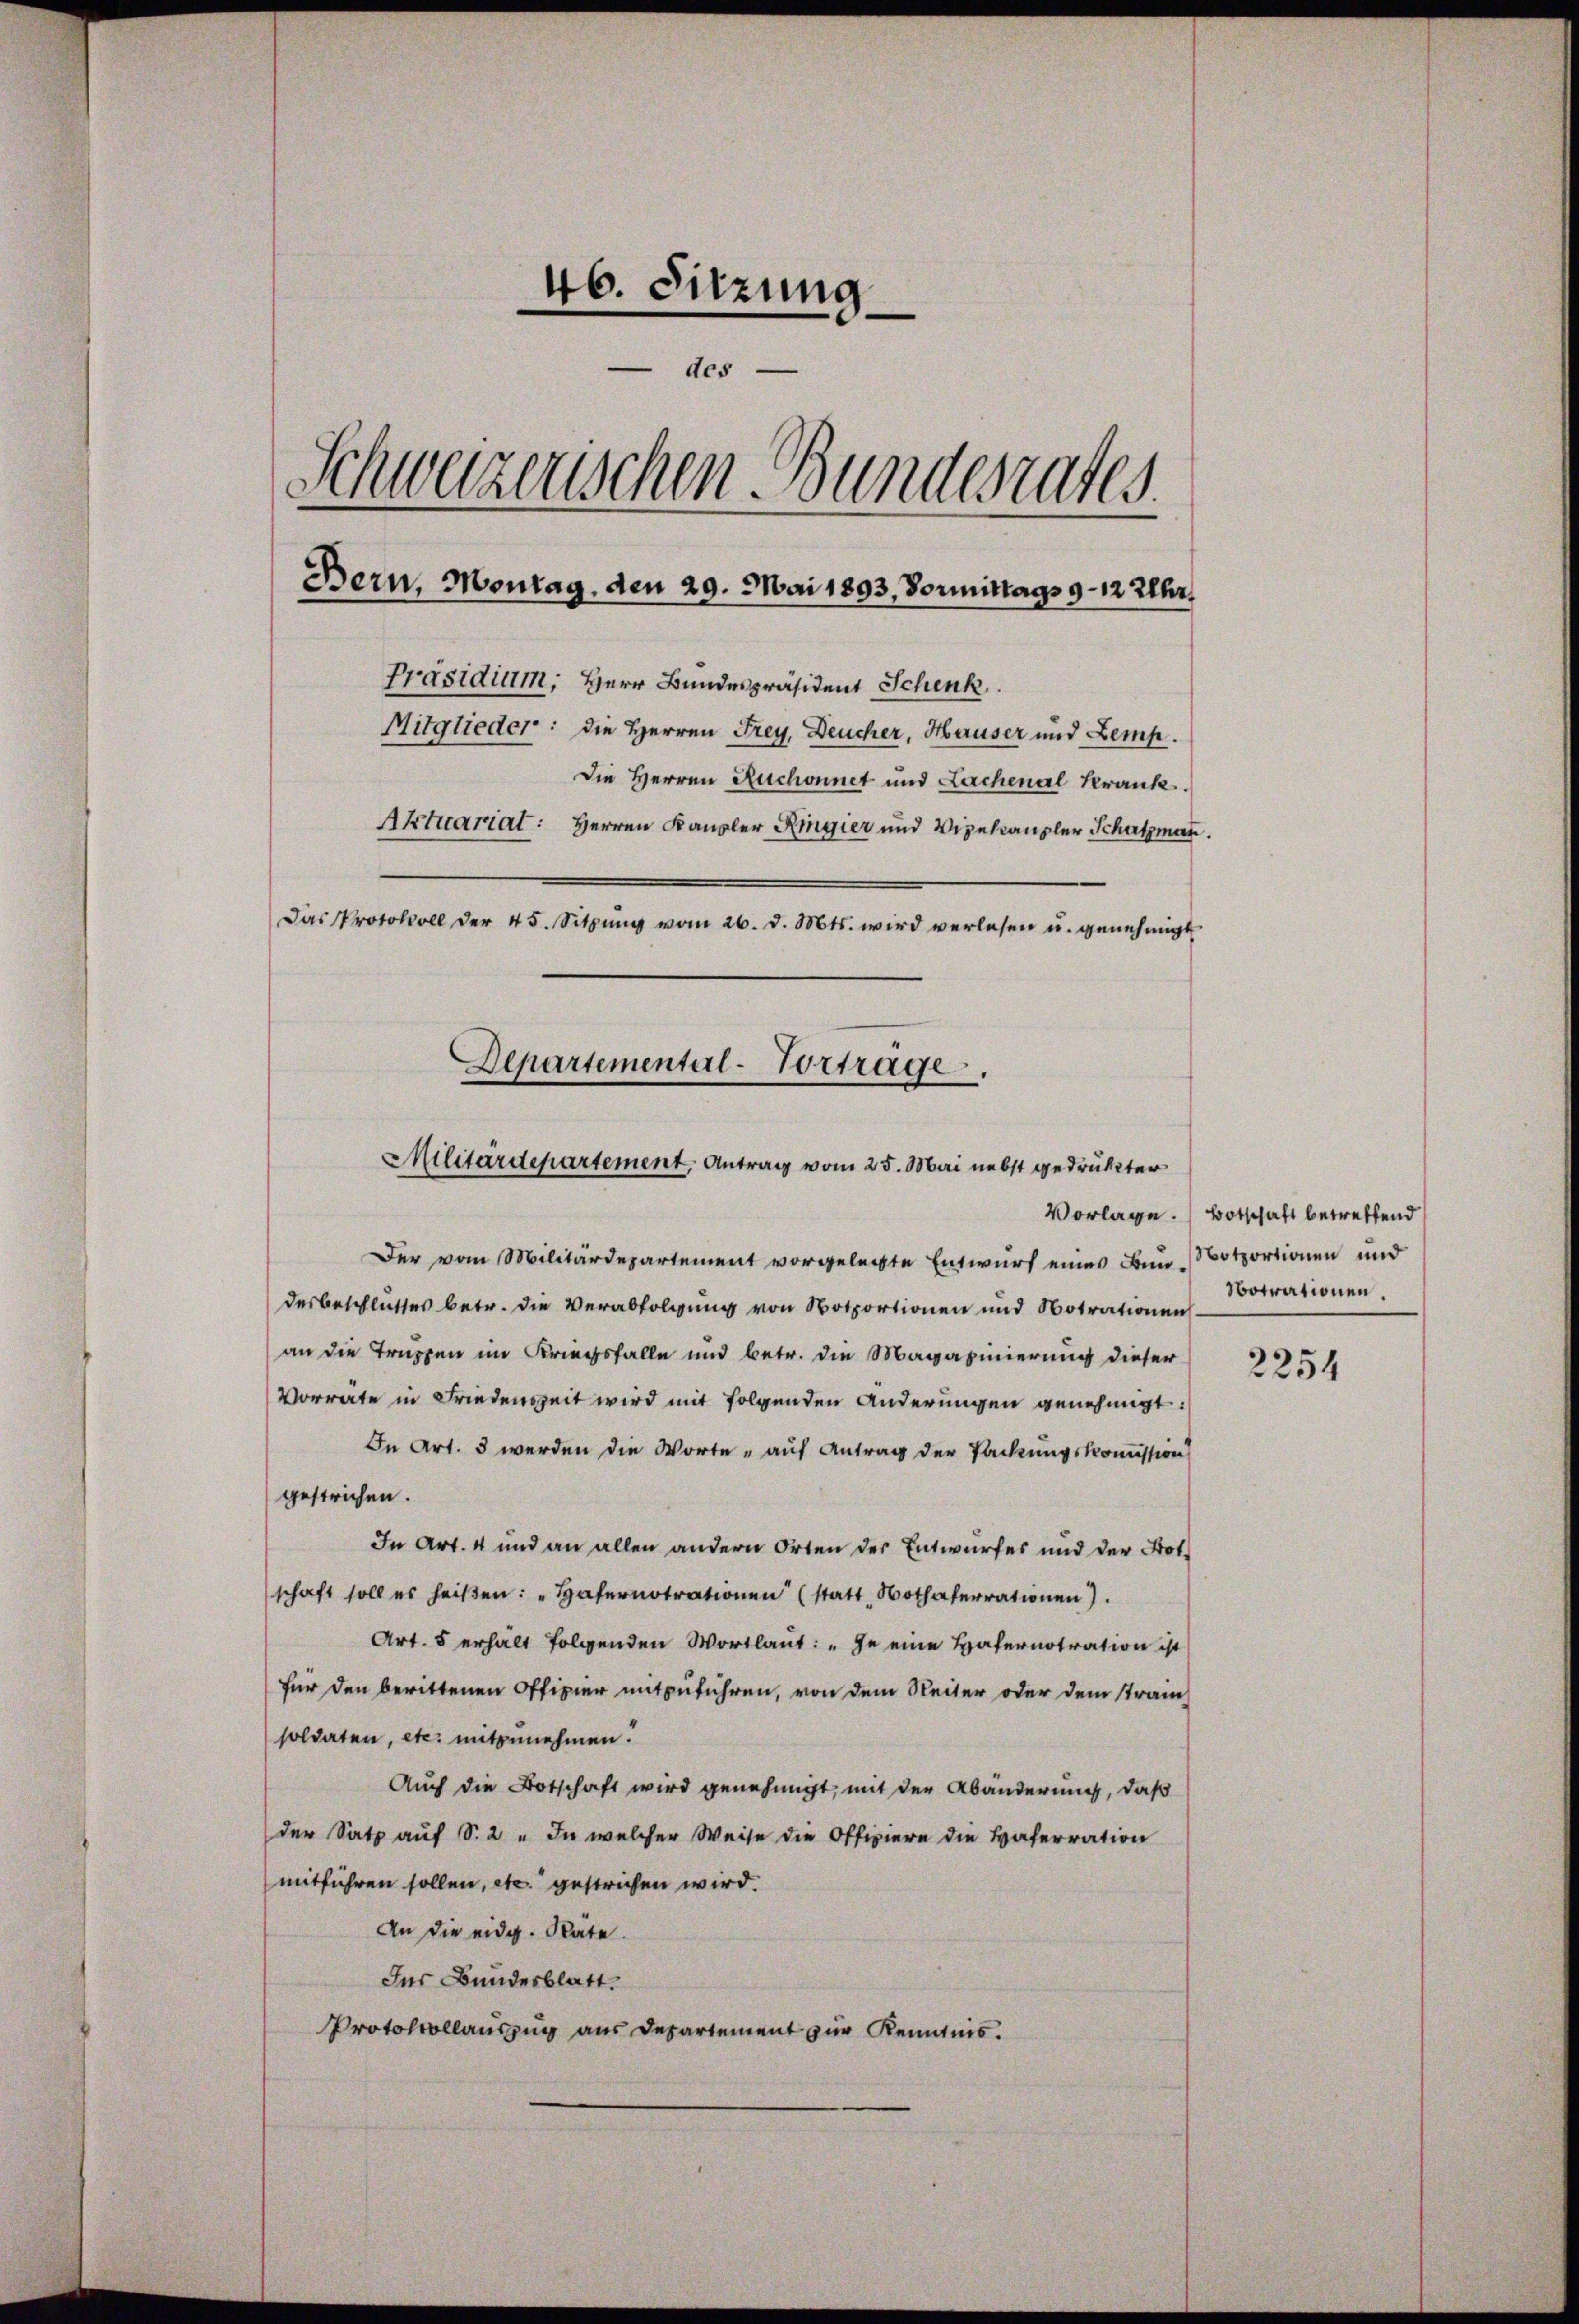
46. Sitzung
 des
Schweizerischen Bundesrates.
Bern, Montag, den 29. Mai 1893, Vormittags 9–12 Uhr
Präsidium, Herr Bundespräsident Schenk
Mitglieder: die Herren Frey, Deucher, Hauser und Zemp.
Die Herren Ruchonnet und Lachenal Krank
Aktuariat: Herren Kanzler Ringier und Vizekanzler Schatzmann.
Das Protokoll der 45. Sitzŭng vom 26. d. Mts. wird verlesen u. genehmigt
Departemental-Vortrage

Militärdepartement, Antrag vom 25. Mai nebst gedrukter

Der vom Militärdepartement vorgelegte Entwurf eines Bun-
desbeschlusses betr. die Verabfolgung von Notportionen und Notrationen
an die Truppen im Kriegsfalle und betr. die Magazinierung dieser
Vorräte in Friedenszeit wird mit folgenden Änderungen genehmigt:
In Art. 3 werden die Worte auf Antrag der Packungskommission
gestrichen.
In Art. 4 und an allen andern Orten der Entwurfes und der Not-
schaft soll es heiβen: "Hafernotrationen (statt Nothaferrationen).
Art. 5 erhält folgenden Wortlaut: „Je eine Hafernotration ist
für den berittenen Offizier mitzuführen, von dem Reiter oder dem strain
soldaten, etc. mitzunehmen.
Auch die Botschaft wird genehmigt, mit der Abänderung, daß
der Satz auf S. 2 " In welcher Weise die Offiziere die Haferration
mitführen sollen, etc. gestrichen wird.
An die eidg. Stäte.
Der Bundesblatt.
Protokollauszug aus Departement zur Kenntnis.

Vorlage. (Botschaft betreffend
Notportionen und
botrationen.

2254